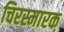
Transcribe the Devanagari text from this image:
चिरस्मारक